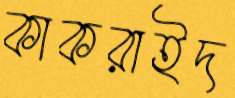
কাকরাইদ